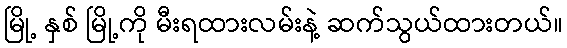
မြို့ နှစ် မြို့ကို မီးရထားလမ်းနဲ့ ဆက်သွယ်ထားတယ်။